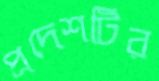
প্রদেশটির